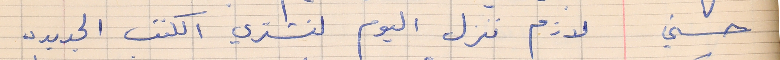
حسني          لازم ننزل اليوم لنشتري الكتب الجديده